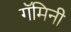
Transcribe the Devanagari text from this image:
गॅमिनी